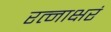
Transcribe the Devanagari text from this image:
रत्‍नाक्षरं